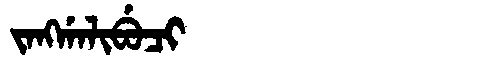
Manchu: ᠵᠠᠩᡤᠠᠯᡳᠪᡠᠴᡳ
Romanization: JANGGALIBUCI